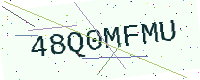
Text: 48Q0MFMU